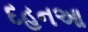
દહનઆ